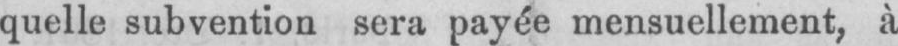
quelle subvention sera payée mensuellement, à